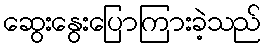
ဆွေးနွေးပြောကြားခဲ့သည်